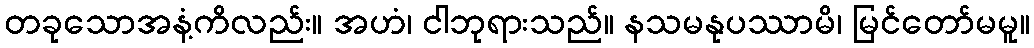
တခုသောအနံ့ကိလည်း။ အဟံ၊ ငါဘုရားသည်။ နသမနုပဿာမိ၊ မြင်တော်မမူ။